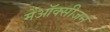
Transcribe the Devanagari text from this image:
मेंऑक्सीजन